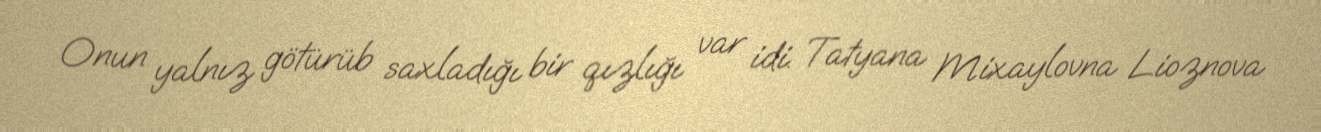
Onun yalnız götürüb saxladığı bir qızlığı var idi. Tatyana Mixaylovna Lioznova